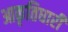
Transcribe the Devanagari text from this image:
आकृतिधारी